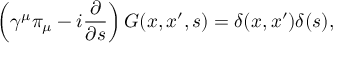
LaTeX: \left( \gamma ^ { \mu } \pi _ { \mu } - i \frac \partial { \partial s } \right) G ( x , x ^ { \prime } , s ) = \delta ( x , x ^ { \prime } ) \delta ( s ) ,